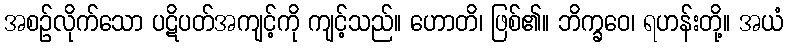
အစဉ်လိုက်သော ပဋိပတ်အကျင့်ကို ကျင့်သည်။ ဟောတိ၊ ဖြစ်၏။ ဘိက္ခဝေ၊ ရဟန်းတို့။ အယံ